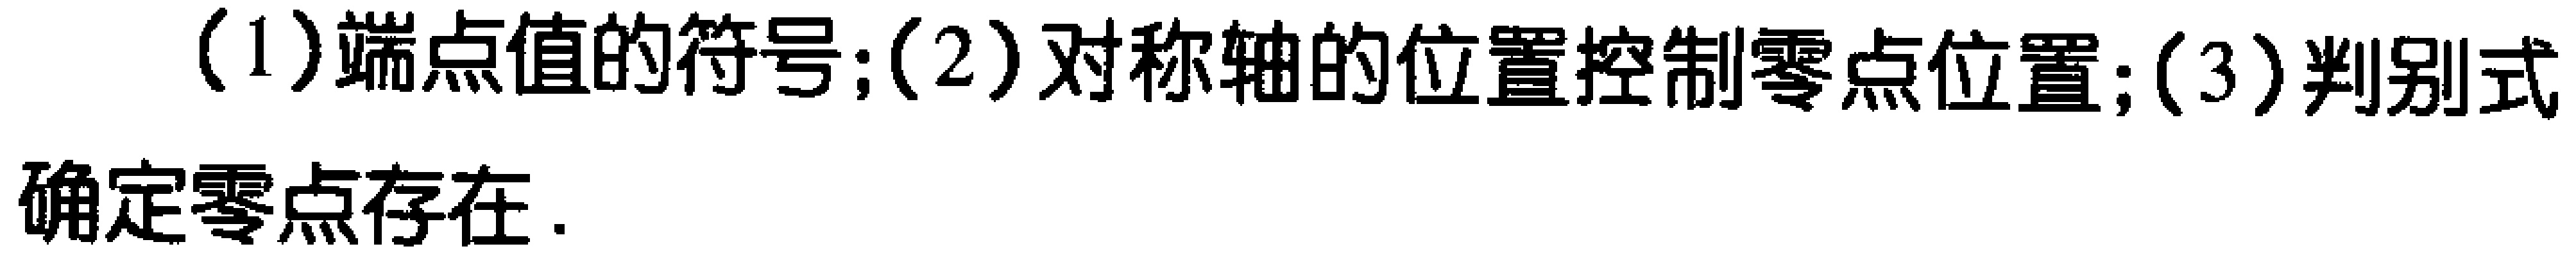
（1）端点值的符号;（2）对称轴的位置控制零点位置;（3）判别式

确定零点存在.